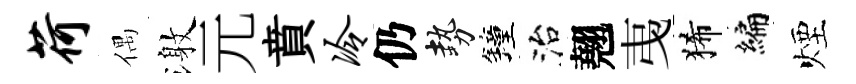
荷偶激元賁冷仍勢鐘治翹𢎯狶编煙